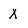
Character: X